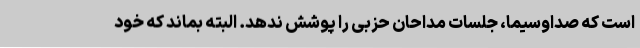
است که صداوسیما، جلسات مداحان حزبی را پوشش ندهد. البته بماند که خود